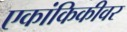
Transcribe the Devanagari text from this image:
एकांकिकीवर